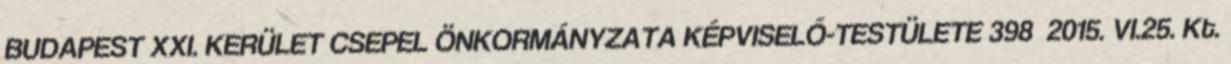
BUDAPEST XXI. KERÜLET CSEPEL ÖNKORMÁNYZATA KÉPVISELŐ-TESTÜLETE 398 2015. VI.25. Kt.